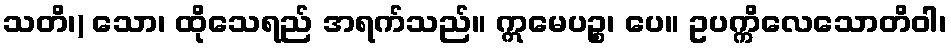
သတိ၊) သော၊ ထိုသေရည် အရက်သည်။ ဣမေပဉ္စ၊ ပေ။ ဥပက္ကိလေသောတိဝါ၊